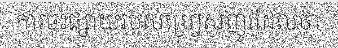
ការចុះផ្សាយរបស់ហ្វ្រេសញូវដែលថា